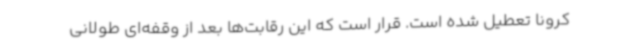
کرونا تعطیل شده است. قرار است که این رقابت‌ها بعد از وقفه‌ای طولانی